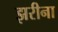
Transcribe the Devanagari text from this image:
झरीना